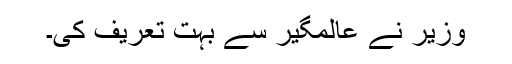
وزیر نے عالمگیرؒ سے بہت تعریف کی۔